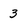
Character: 3